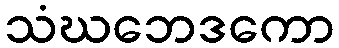
သံဃဘေဒကော